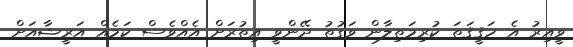
ވީއިރު އެ ހަޤީޤަތަ ކުރިމަތިލާން ވަގުތު ދޭންވީ އިތުރަށް އެއްވެސް ކަމެއް އަރީޝާއަށް